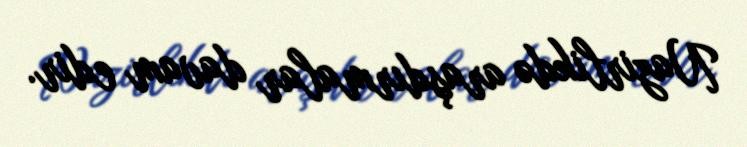
Nazirlikdə araşdırmalar davam edir.